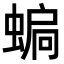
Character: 𧍮